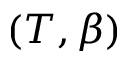
( T , \beta )